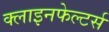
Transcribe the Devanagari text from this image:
क्लाइनफेल्टर्स